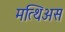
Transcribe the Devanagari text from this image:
मत्थिअस